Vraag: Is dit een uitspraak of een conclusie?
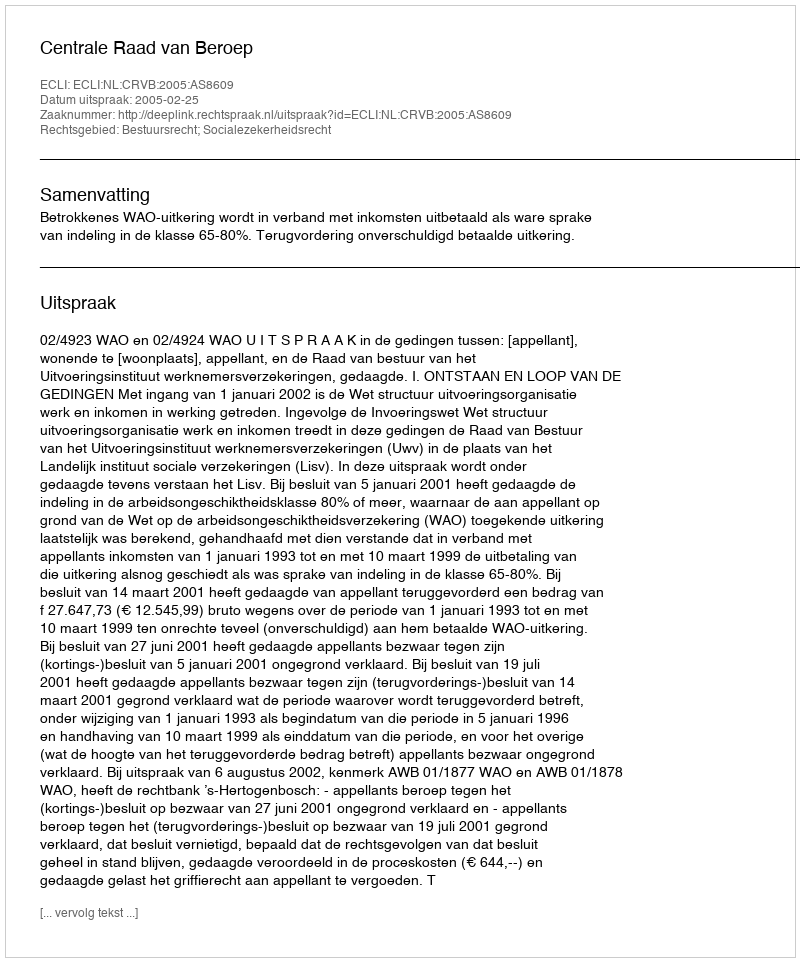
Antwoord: Uitspraak